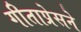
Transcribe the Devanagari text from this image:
गीताप्रेसने